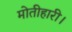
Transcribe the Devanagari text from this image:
मोतीहारी।